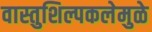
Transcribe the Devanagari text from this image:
वास्तुशिल्पकलेमुळे